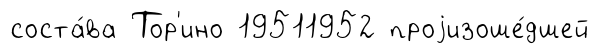
соста́ва Тор'ино 19511952 проjизоше́дшей